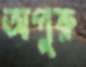
অগুরু